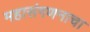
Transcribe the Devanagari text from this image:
महासंगणनाचा